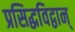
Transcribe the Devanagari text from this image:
प्रसिद्धविद्वान्